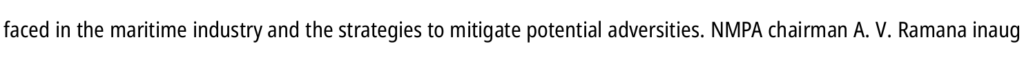
faced in the maritime industry and the strategies to mitigate potential adversities. NMPA chairman A. V. Ramana inaug